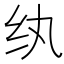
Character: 纨